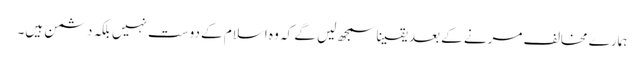
ہمارے مخالف مرنے کے بعد یقینا سمجھ لیں گے کہ وہ اسلام کے دوست نہیں بلکہ دشمن ہیں۔